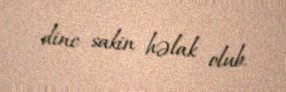
dinc sakin həlak olub.